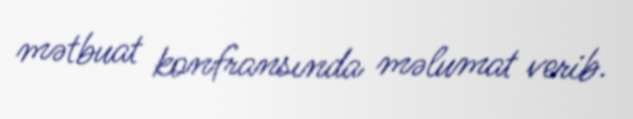
mətbuat konfransında məlumat verib.